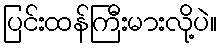
ပြင်းထန်ကြီးမားလို့ပဲ။